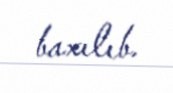
baxılıb.